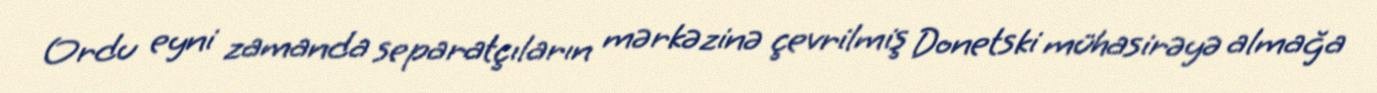
Ordu eyni zamanda separatçıların mərkəzinə çevrilmiş Donetski mühasirəyə almağa